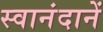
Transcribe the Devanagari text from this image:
स्वानंदानें